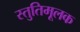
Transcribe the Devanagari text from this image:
स्तुतिमूलक